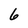
Character: 6